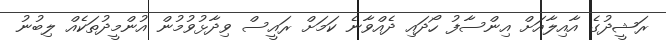
ރަޝީދުގެ އާއިލާއަށް އިންސާފު ހޯދައި ދެއްވާނެ ކަމަށް ރައީސް ވިދާޅުވުމުން އުންމީދުތަކެއް ލިބުނު